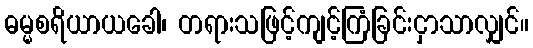
ဓမ္မစရိယာယခေါ၊ တရားသဖြင့်ကျင့်ကြံခြင်းငှာသာလျှင်။